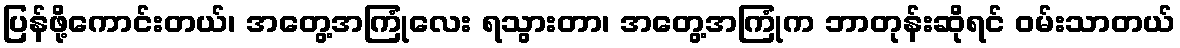
ပြန်ဖို့ကောင်းတယ်၊ အတွေ့အကြုံလေး ရသွားတာ၊ အတွေ့အကြုံက ဘာတုန်းဆိုရင် ဝမ်းသာတယ်